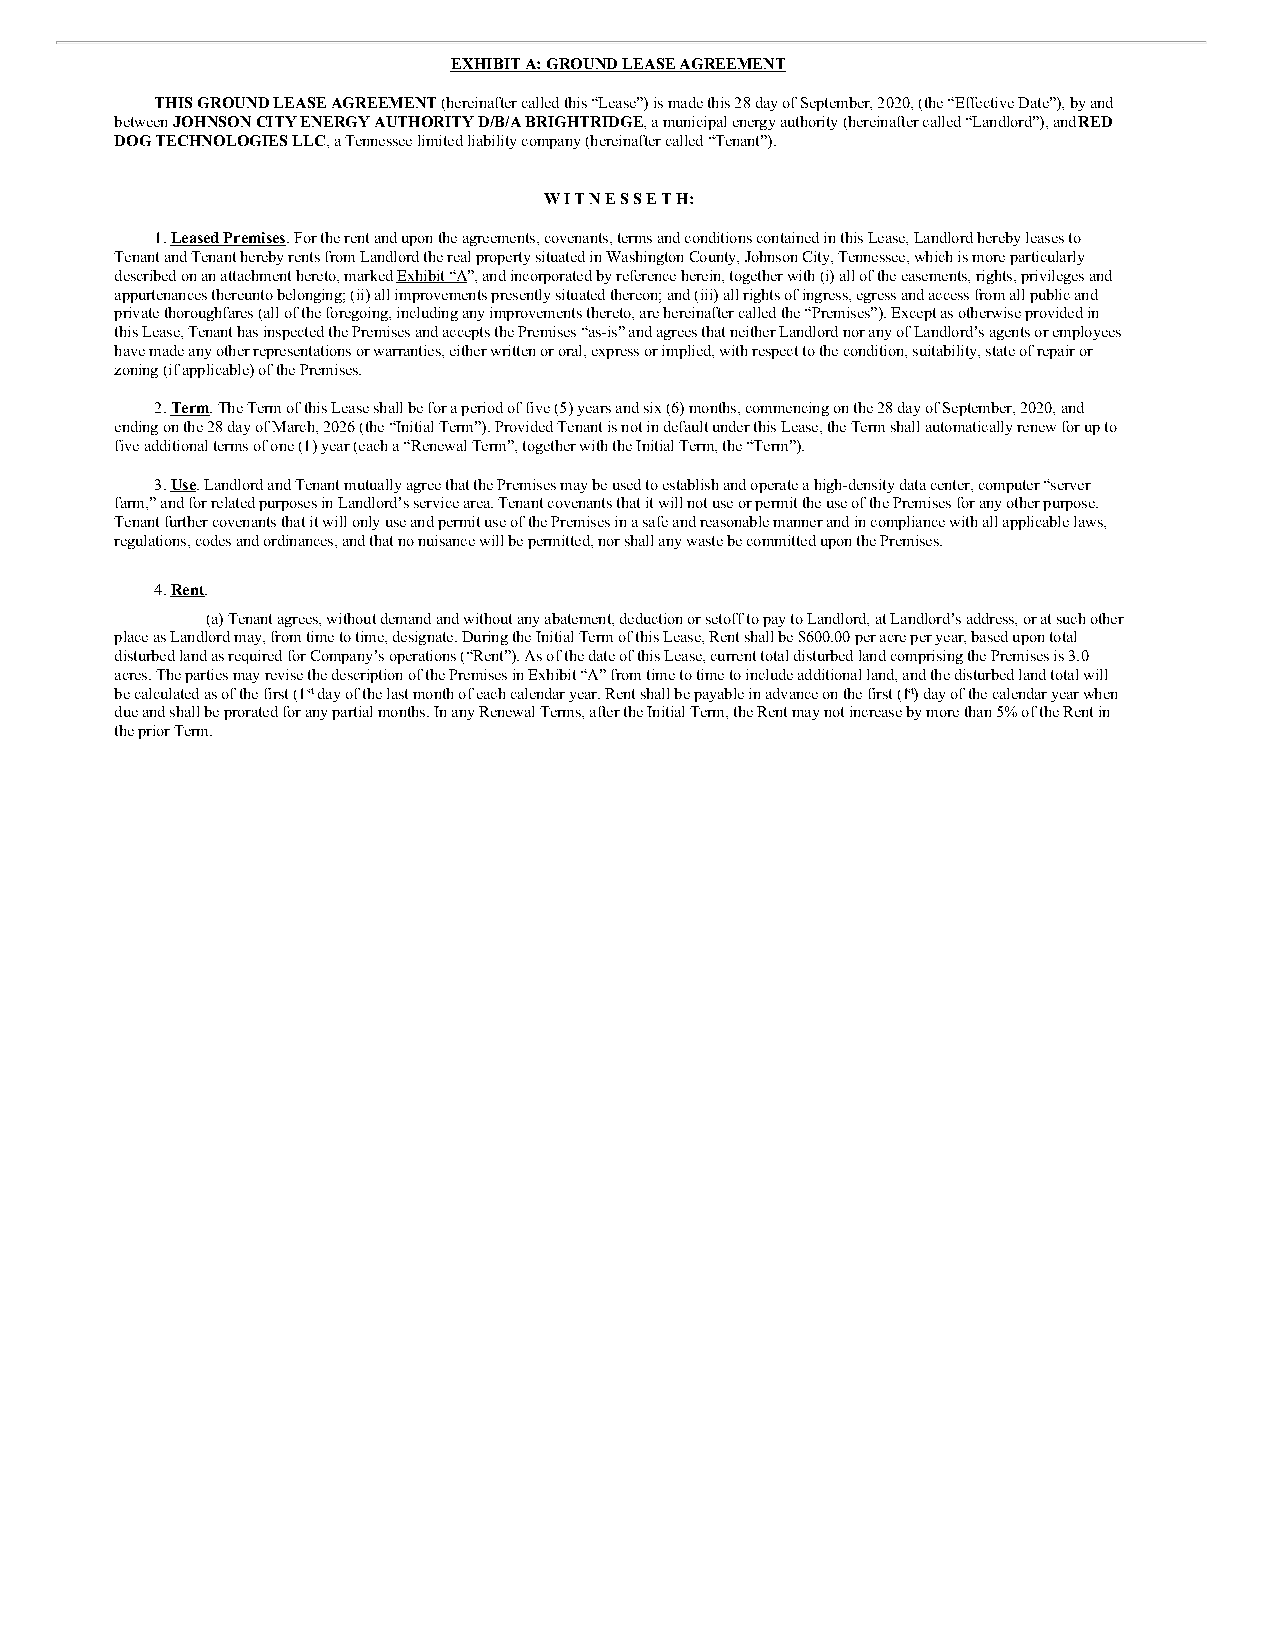
EXHIBIT A: GROUND LEASE AGREEMENT
 THIS GROUND LEASE AGREEMENT (hereinafter called this “Lease”) is made this 28 day of September, 2020, (the “Effective Date”), by and
 between JOHNSON CITY ENERGY AUTHORITY D/B/A BRIGHTRIDGE, a municipal energy authority (hereinafter called “Landlord”), and RED
 DOG TECHNOLOGIES LLC, a Tennessee limited liability company (hereinafter called “Tenant”).
 W I T N E S S E T H:
 1. Leased Premises. For the rent and upon the agreements, covenants, terms and conditions contained in this Lease, Landlord hereby leases to
 Tenant and Tenant hereby rents from Landlord the real property situated in Washington County, Johnson City, Tennessee, which is more particularly
 described on an attachment hereto, marked Exhibit “A”, and incorporated by reference herein, together with (i) all of the easements, rights, privileges and
 appurtenances thereunto belonging; (ii) all improvements presently situated thereon; and (iii) all rights of ingress, egress and access from all public and
 private thoroughfares (all of the foregoing, including any improvements thereto, are hereinafter called the “Premises”). Except as otherwise provided in
 this Lease, Tenant has inspected the Premises and accepts the Premises “as-is” and agrees that neither Landlord nor any of Landlord’s agents or employees
 have made any other representations or warranties, either written or oral, express or implied, with respect to the condition, suitability, state of repair or
 zoning (if applicable) of the Premises.
 2. Term. The Term of this Lease shall be for a period of five (5) years and six (6) months, commencing on the 28 day of September, 2020, and
 ending on the 28 day of March, 2026 (the “Initial Term”). Provided Tenant is not in default under this Lease, the Term shall automatically renew for up to
 five additional terms of one (1) year (each a “Renewal Term”, together with the Initial Term, the “Term”).
 3. Use. Landlord and Tenant mutually agree that the Premises may be used to establish and operate a high-density data center, computer “server
 farm,” and for related purposes in Landlord’s service area. Tenant covenants that it will not use or permit the use of the Premises for any other purpose.
 Tenant further covenants that it will only use and permit use of the Premises in a safe and reasonable manner and in compliance with all applicable laws,
 regulations, codes and ordinances, and that no nuisance will be permitted, nor shall any waste be committed upon the Premises.
 4. Rent.
 (a) Tenant agrees, without demand and without any abatement, deduction or setoff to pay to Landlord, at Landlord’s address, or at such other
 place as Landlord may, from time to time, designate. During the Initial Term of this Lease, Rent shall be $600.00 per acre per year, based upon total
 disturbed land as required for Company’s operations (“Rent”). As of the date of this Lease, current total disturbed land comprising the Premises is 3.0
 acres. The parties may revise the description of the Premises in Exhibit “A” from time to time to include additional land, and the disturbed land total will
 be calculated as of the first (1st day of the last month of each calendar year. Rent shall be payable in advance on the first (1st) day of the calendar year when
 due and shall be prorated for any partial months. In any Renewal Terms, after the Initial Term, the Rent may not increase by more than 5% of the Rent in
 the prior Term.